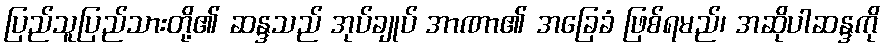
ပြည်သူပြည်သားတို့၏ ဆန္ဒသည် အုပ်ချုပ် အာဏာ၏ အခြေခံ ဖြစ်ရမည်၊ အဆိုပါဆန္ဒကို